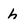
Character: h